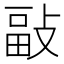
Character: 𢾇